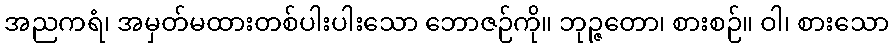
အညကရံ၊ အမှတ်မထားတစ်ပါးပါးသော ဘောဇဉ်ကို။ ဘုဉ္ဇတော၊ စားစဉ်။ ဝါ၊ စားသော